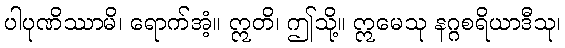
ပါပုဏိဿာမိ၊ ရောက်အံ့။ ဣတိ၊ ဤသို့။ ဣမေသု နဂ္ဂစရိယာဒီသု၊